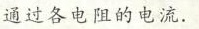
通过各电阻的电流。